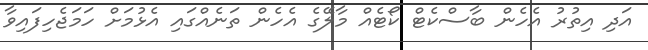
އަދި އިތުރު އެހެން ބާސްކެޓް ކޯޓެއް މާލޭގެ އެހެން ތަނެއްގައި އެޅުމަށް ހަމަޖެހިފައިވާ